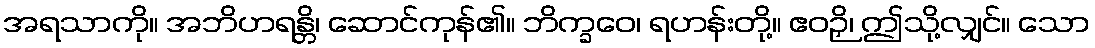
အရသာကို။ အဘိဟရန္တိ၊ ဆောင်ကုန်၏။ ဘိက္ခဝေ၊ ရဟန်းတို့။ ဧဝဉှိ၊ ဤသို့လျှင်။ သော